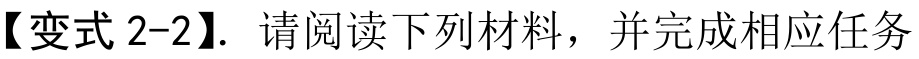
【变式 2-2】. 请阅读下列材料，并完成相应任务